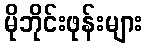
မိုဘိုင်းဖုန်းများ